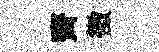
齊徵